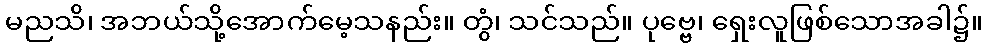
မညသိ၊ အဘယ်သို့အောက်မေ့သနည်း။ တွံ၊ သင်သည်။ ပုဗ္ဗေ၊ ရှေးလူဖြစ်သောအခါ၌။